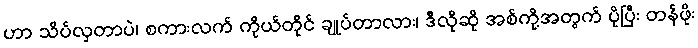
ဟာ သိပ်လှတာပဲ၊ စကားလက် ကိုယ်တိုင် ချုပ်တာလား၊ ဒီလိုဆို အစ်ကို့အတွက် ပိုပြီး တန်ဖိုး